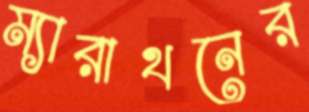
ম্যারাথনের